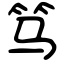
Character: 笃